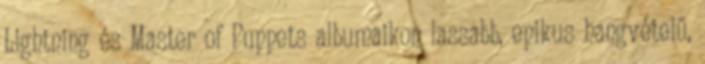
Lightning és Master of Puppets albumaikon lassabb, epikus hangvételű,